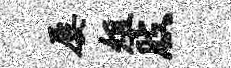
屡俎肢